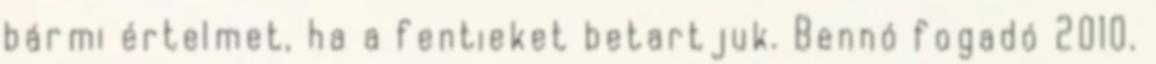
bármi értelmet, ha a fentieket betartjuk. Bennó fogadó 2010.